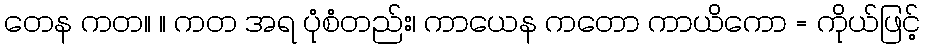
တေန ကတ။ ။ ကတ အရ ပုံစံတည်း၊ ကာယေန ကတော ကာယိကော = ကိုယ်ဖြင့်